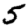
Digit: 5